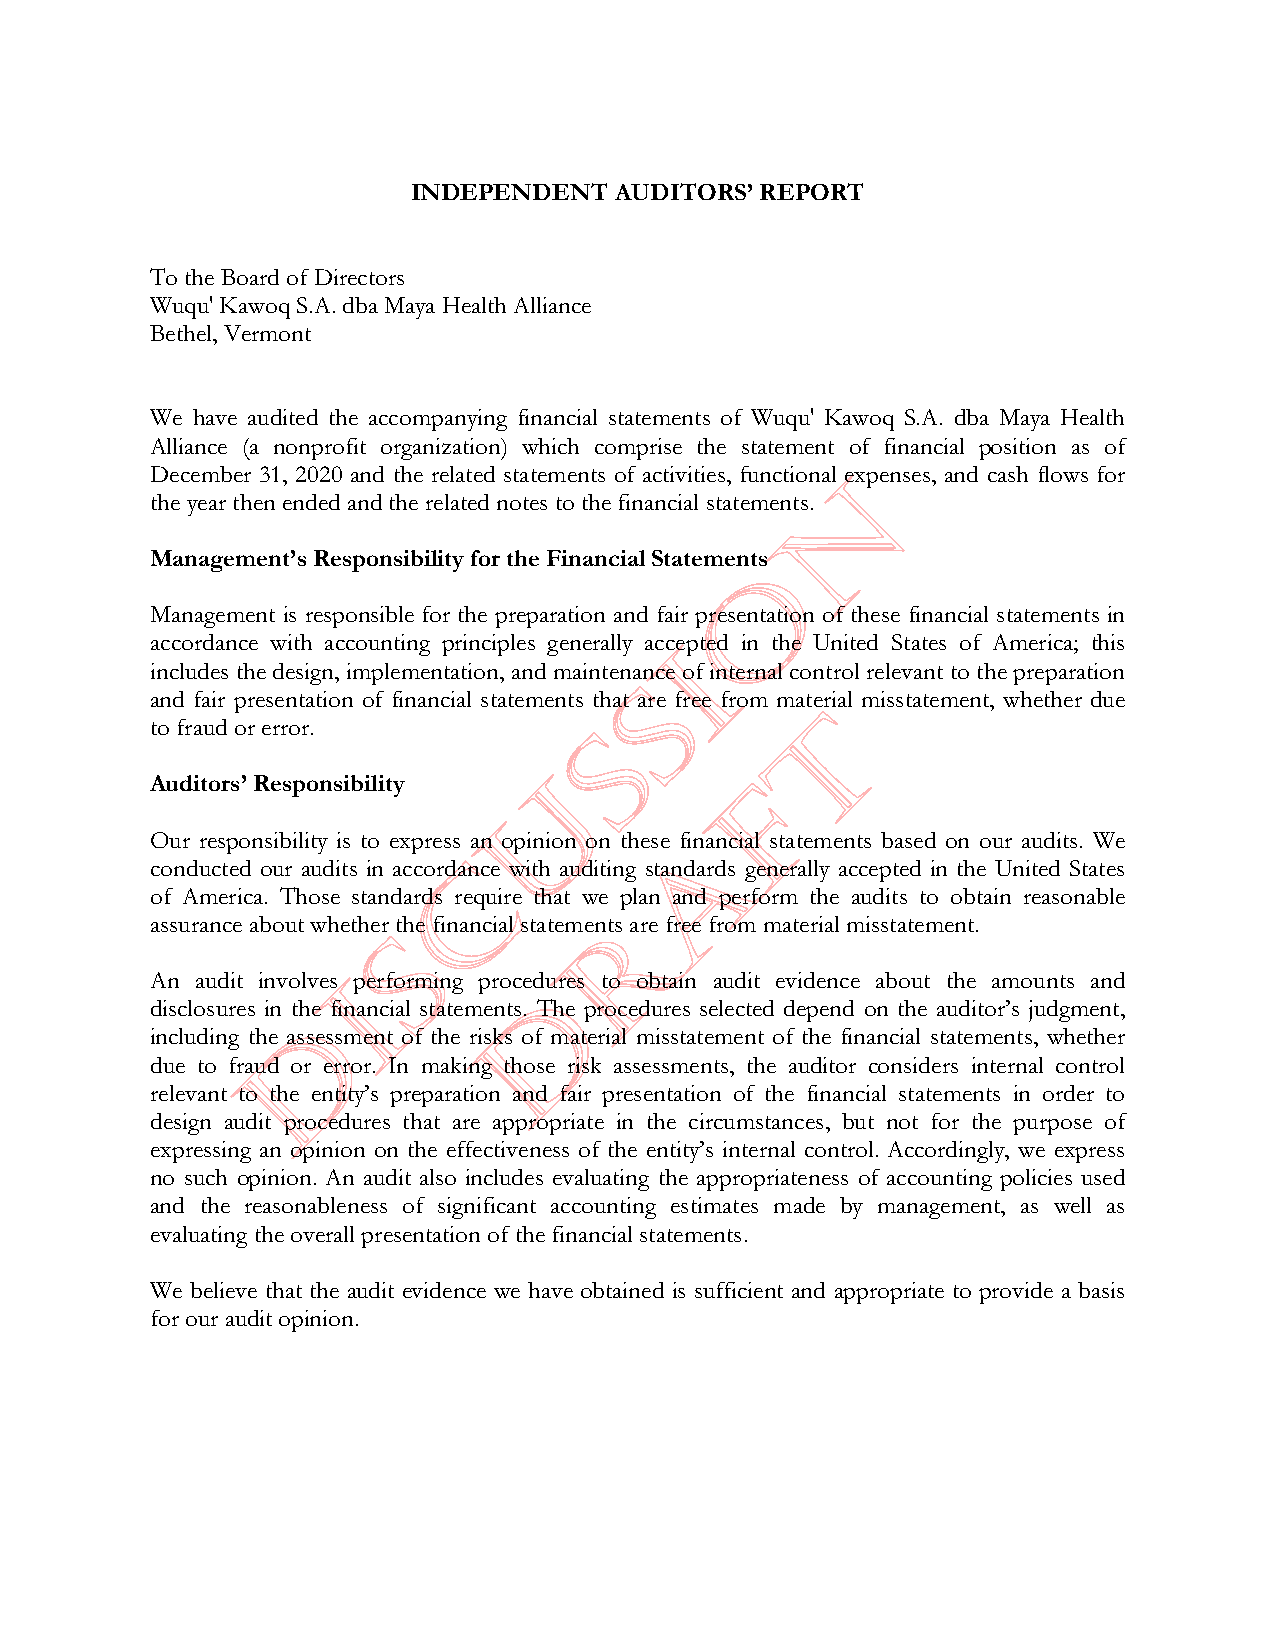
INDEPENDENT   AUDITORS’REPORT
 To the Board of Directors
 Wuqu' Kawoq S.A. dba Maya Health Alliance
 Bethel, Vermont
 We have audited the accompanying financial statements of Wuqu' Kawoq S.A. dba Maya Health
 Alliance (a nonprofit organization) which comprise the statement of financial position as of
 December 31, 2020 and the related statements of activities, functional expenses, and cash flows for
 t he yearthen endedand the related notes to the financial statements.
 M anagement’s Responsibility for the Financial Statements
 M anagement is responsible for the preparation and fair presentation of these financial statements in
 a ccordance with accounting principles generally accepted in the United States of America; this
 includes the design, implementation, and maintena nce of internal control relevant to the preparation
 and fair presentation of financial statements that are free from material misstatement, whether due
 to fraud or error.
 Auditors’Responsibility
 Our responsibility is to express an opinion on these financial statements based on our audits. We
 conducted our audits in accordance with auditing standards generally accepted in the United States
 of America. Those standards require that we plan and perform the audits to obtain reasonable
 assurance about whether the financial statements are free from material misstatement.
 An audit involves performing procedures to obtain audit evidence about the amounts and
 disclosures in the financial statements. The procedures selected depend on the auditor’s judgment,
 including the assessment of the risks of material misstatement of the financial statements, whether
 due to fraud or error. In making those risk assessments, the auditor considers internal control
 relevant to the entity’s preparation and fair presentation of the financial statements in order to
 design audit procedures that are appropriate in the circumstances, but not for the purpose of
 expressing an opinion on the effectiveness of the entity’s internal control. Accordingly, we express
 no such opinion. An audit also includes evaluating the appropriateness of accounting policies used
 and the reasonableness of significant accounting estimates made by management, as well as
 evaluating the overall presentation of the financial statements.
 We believe that the audit evidence we have obtained is sufficient and appropriate to provide a basis
 for our audit opinion.